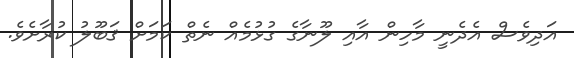
އަދިވެސް އެދެނީ މާހިން އާއި ލޫނާގެ ގުޅުމެއް ނެތް ކަމަށް ޤަބޫލު ކުރާށެވެ.